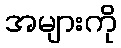
အများကို